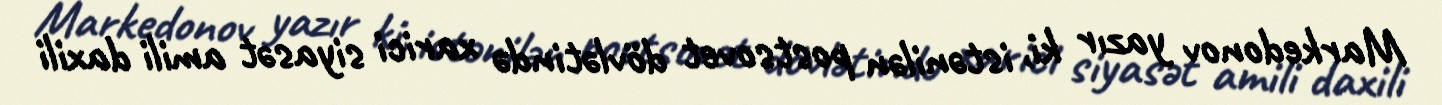
Markedonov yazır ki, istənilən postsovet dövlətində xarici siyasət amili daxili